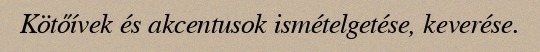
Kötőívek és akcentusok ismételgetése, keverése.